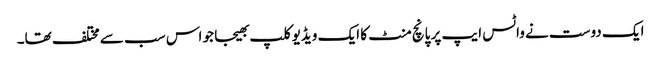
ایک دوست نے واٹس ایپ پر پانچ منٹ کا ایک ویڈیوکلپ بھیجا جو اس سب سے مختلف تھا۔